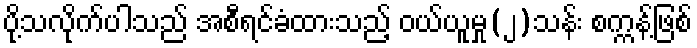
ပို့သလိုက်ပါသည် အစီရင်ခံထားသည့် ဝယ်ယူမှု(၂)သန်း စက္ကန့်ဖြစ်